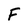
Character: F